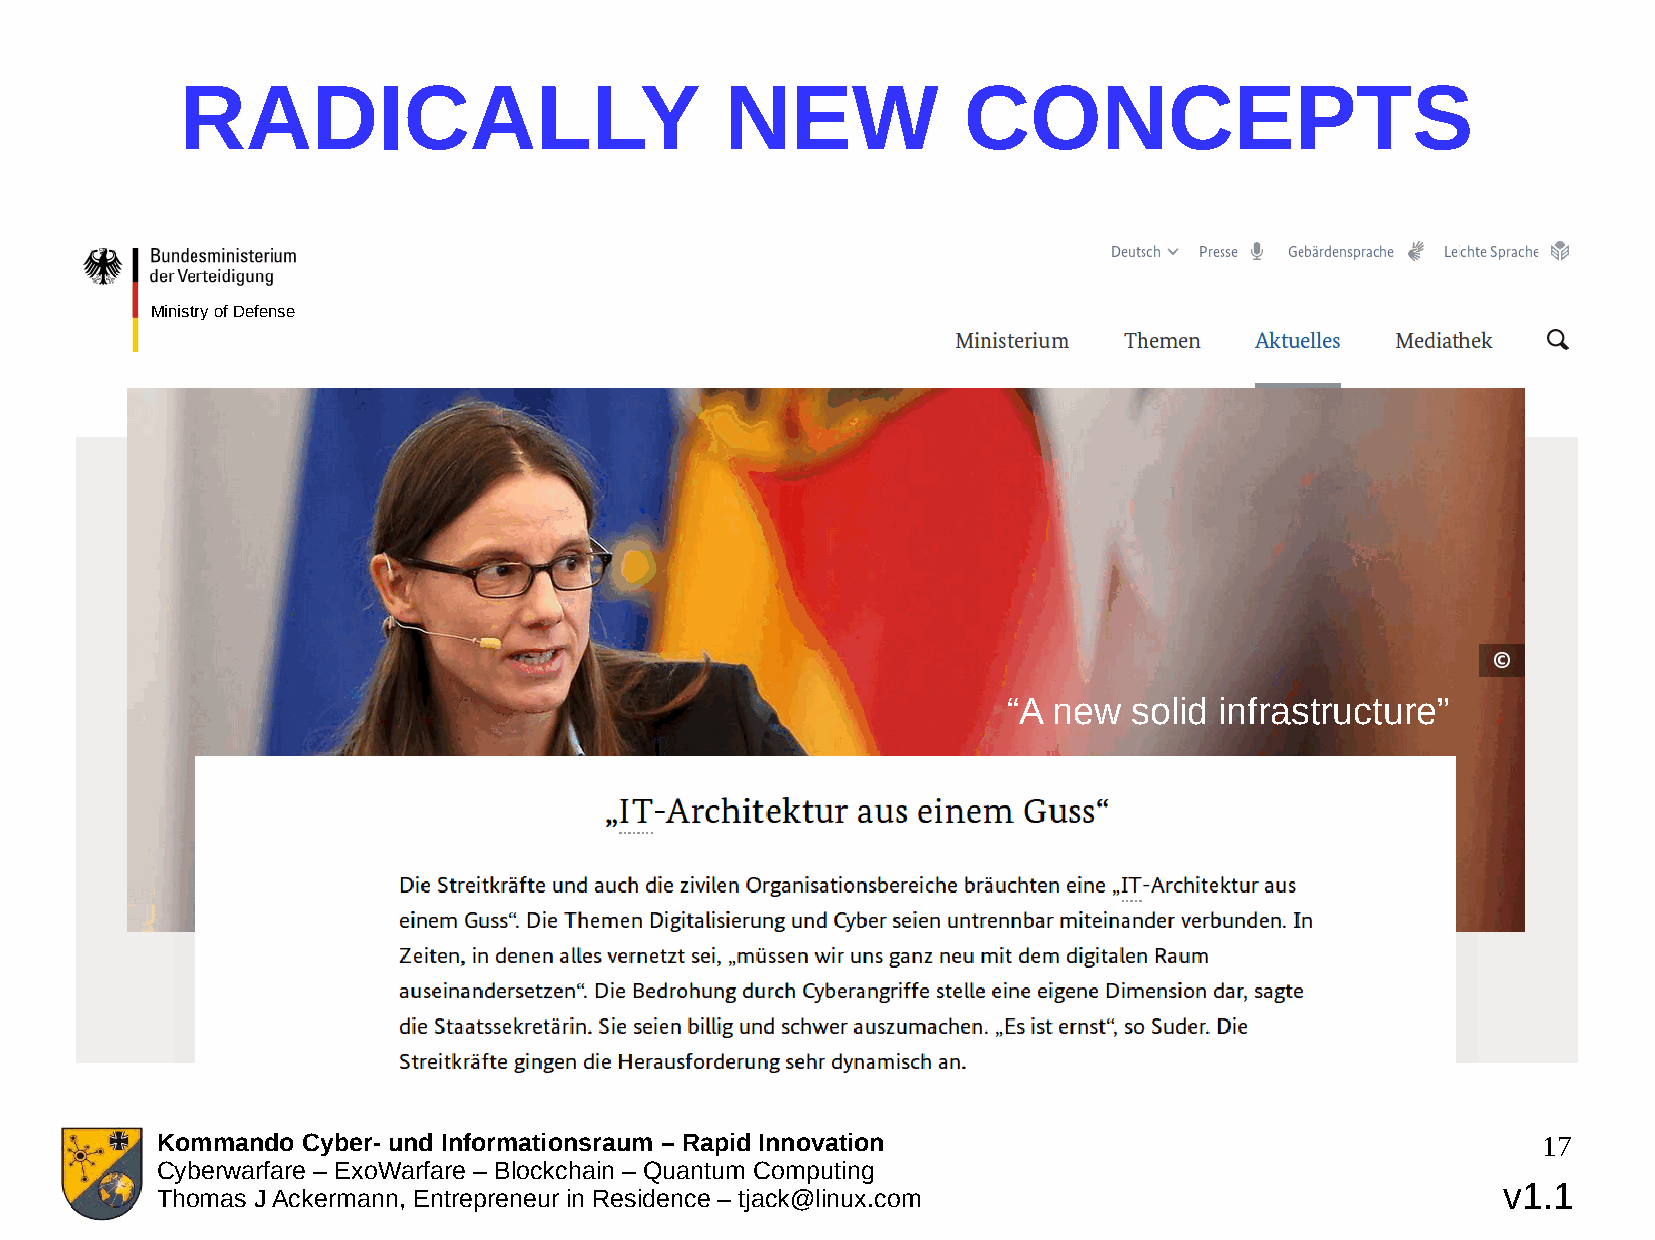
RADICALLY                           NEW             CONCEPTS
 Ministry of Defense
 “A new  solid infrastructure”
 Kommando  Cyber- und Informationsraum – Rapid Innovation                                    17
 Cyberwarfare – ExoWarfare – Blockchain – Quantum Computing
 v1.1
 Thomas J Ackermann, Entrepreneur in Residence – tjack@linux.com